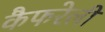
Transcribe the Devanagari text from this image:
कैफरेली